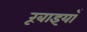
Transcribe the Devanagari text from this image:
रूबाइयाँ